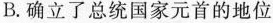
B.确立了总统国家元首的地位